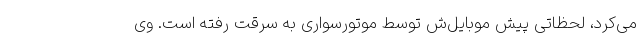
می‌کرد، لحظاتی پیش موبایل‌ش توسط موتورسواری به سرقت رفته است. وی